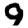
Digit: 9